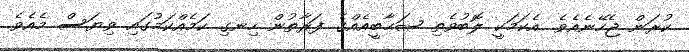
ކުރަން ޖެހޭނެއެވެ. އެކަމަކީ ލޮބުވެތި ޞަޙާބީއެއްގެ ފަރާތުން ހިނގި ކަމެއްކަމުގައި ވިޔަސް މެއެވެ.